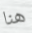
هنا